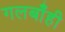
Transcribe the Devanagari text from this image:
गलबाँही